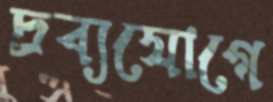
দ্রব্যযোগে